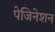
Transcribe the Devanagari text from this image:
पेजिनेशन